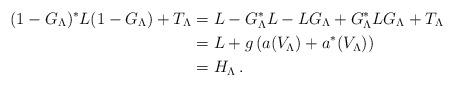
LaTeX: \begin{align*}(1-G_\Lambda)^* L (1-G_\Lambda) + T_\Lambda &= L - G_\Lambda^* L - L G_\Lambda + G_\Lambda^* L G_\Lambda + T_\Lambda \\ & = L + g \left( a(V_\Lambda) +a^*(V_\Lambda) \right)\\ &=H_\Lambda\,. \end{align*}